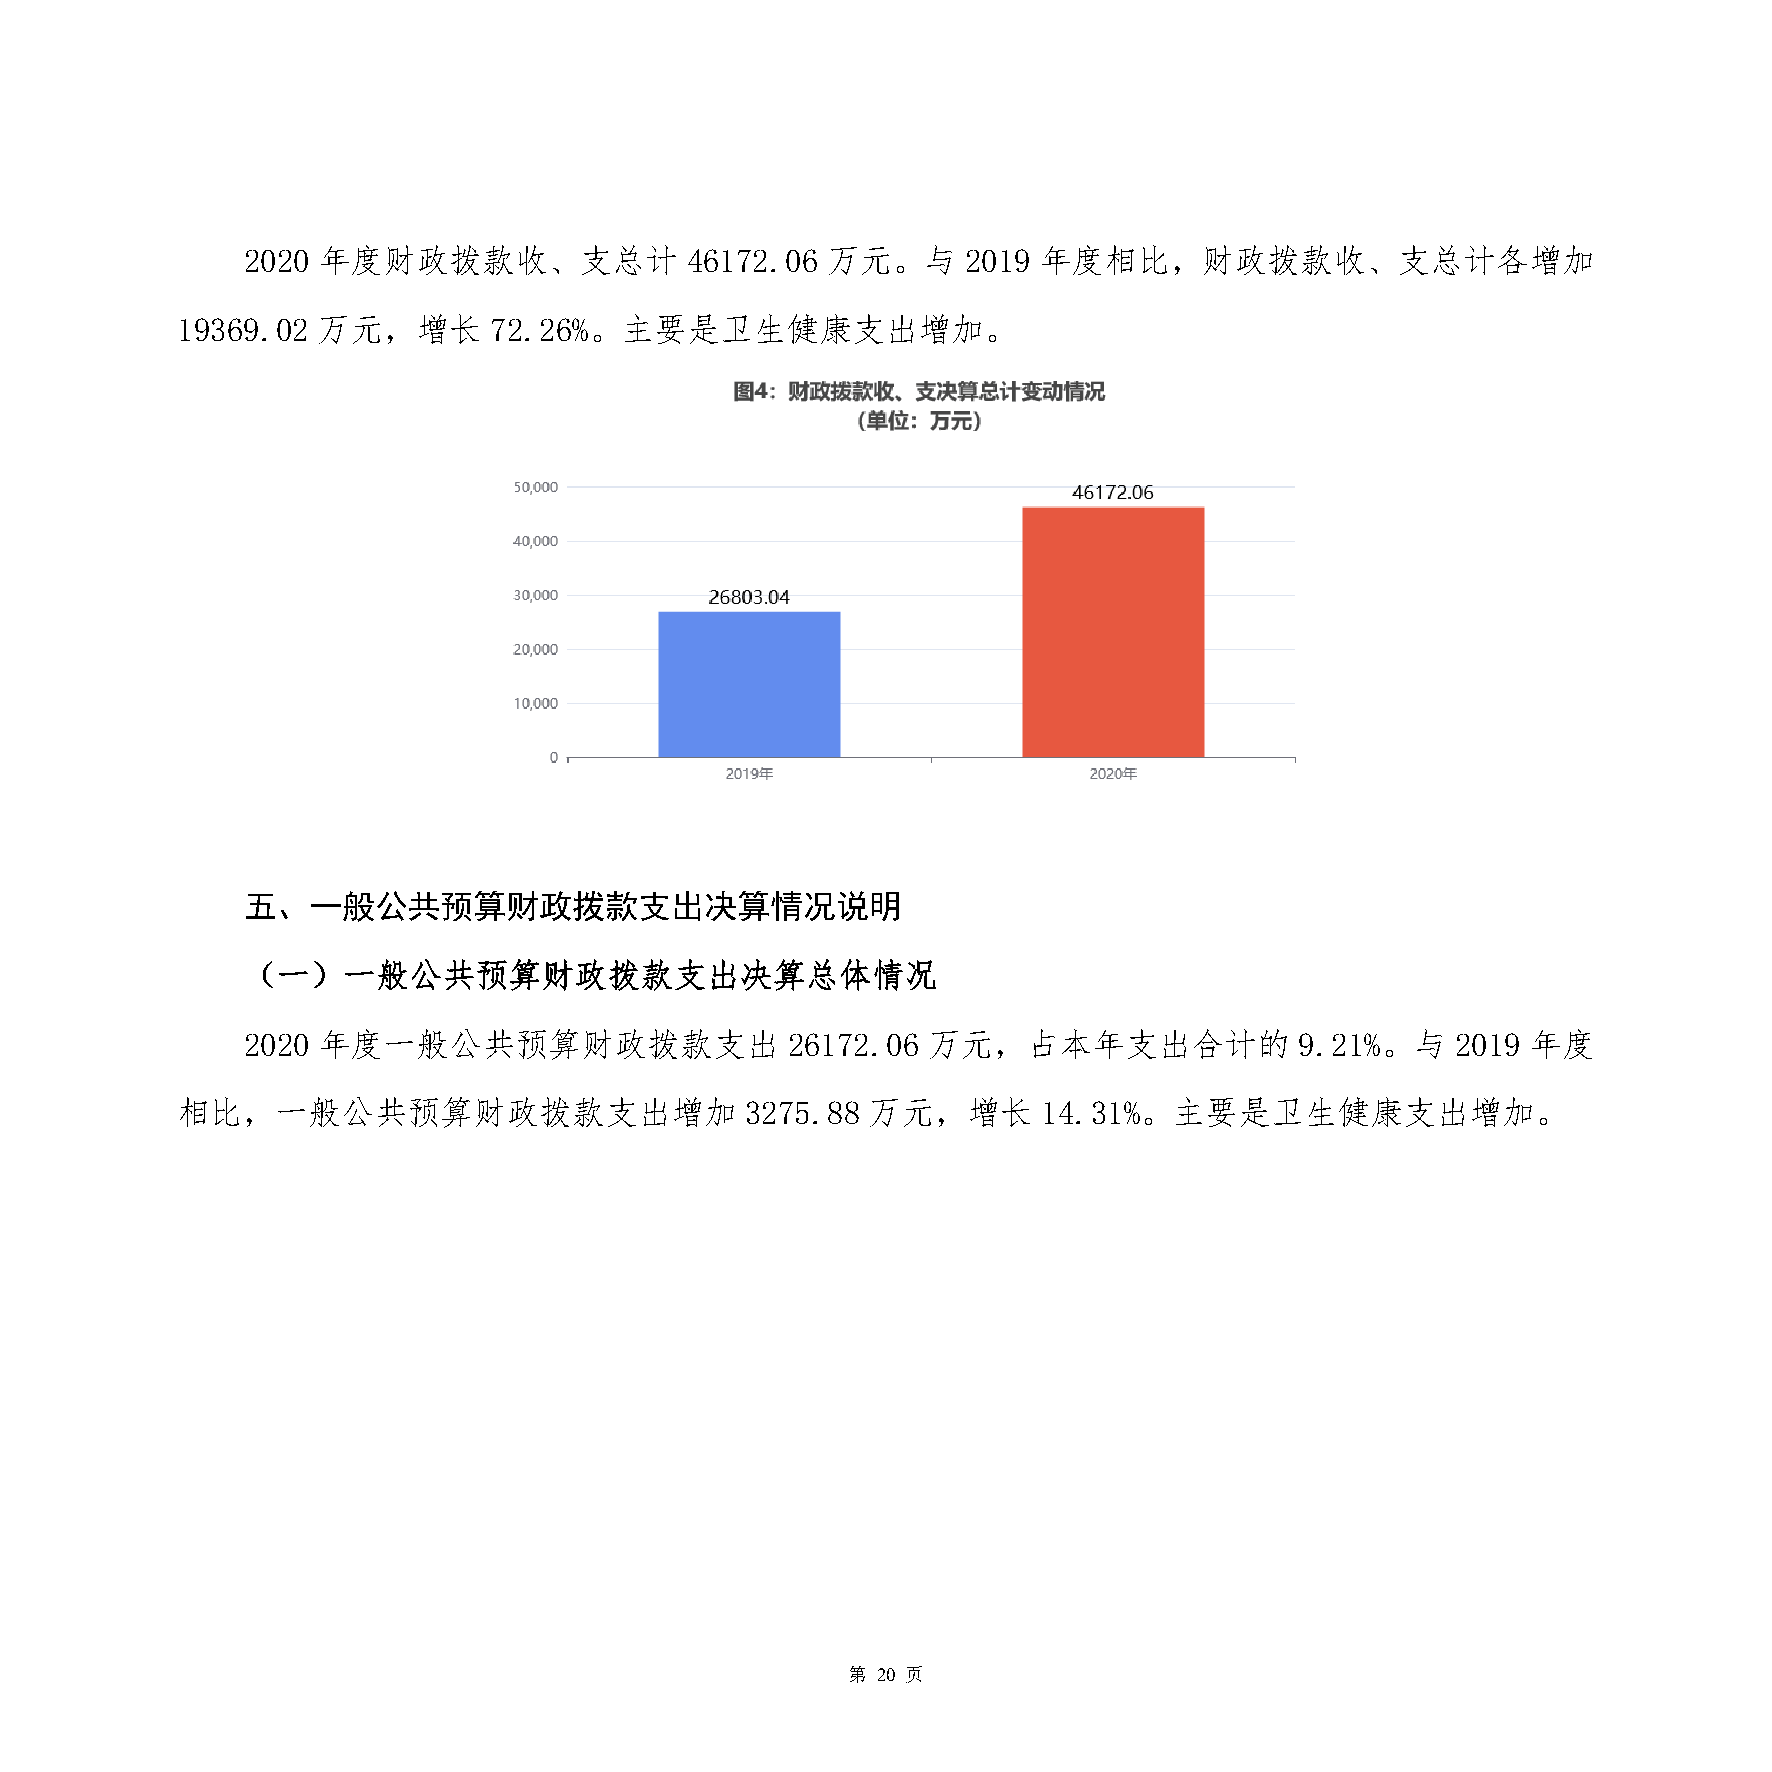
2020 年度财政拨款收、支总计             46172.06  万元。与     2019 年度相比，财政拨款收、支总计各增加
 19369.02 万元，增长      72.26%。主要是卫生健康支出增加。
 五、一般公共预算财政拨款支出决算情况说明
 （一）一般公共预算财政拨款支出决算总体情况
 2020 年度一般公共预算财政拨款支出                 26172.06 万元，占本年支出合计的              9.21%。与   2019 年度
 相比，一般公共预算财政拨款支出增加                    3275.88 万元，增长       14.31%。主要是卫生健康支出增加。
 第 20 页